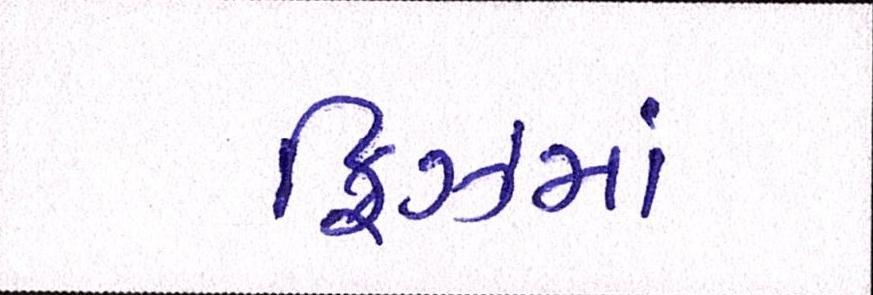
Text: ફ્રિઝમાં